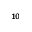
_ { 1 0 }